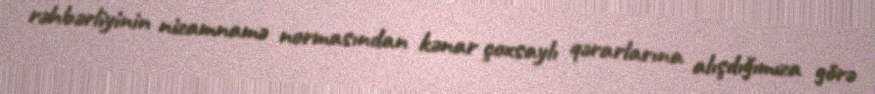
rəhbərliyinin nizamnamə normasından kənar çoxsaylı qərarlarına alışdığımıza görə